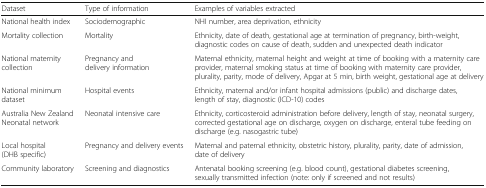
<table><thead><tr><td><b>Dataset</b></td><td><b>Type of information</b></td><td><b>Examples of variables extracted</b></td></tr></thead><tbody><tr><td>National health index</td><td>Sociodemographic</td><td>NHI number, area deprivation, ethnicity</td></tr><tr><td>Mortality collection</td><td>Mortality</td><td>Ethnicity, date of death, gestational age at termination of pregnancy, birth-weight, diagnostic codes on cause of death, sudden and unexpected death indicator</td></tr><tr><td>National maternity collection</td><td>Pregnancy and delivery information</td><td>Maternal ethnicity, maternal height and weight at time of booking with a maternity care provider, maternal smoking status at time of booking with maternity care provider, plurality, parity, mode of delivery, Apgar at 5 min, birth weight, gestational age at delivery</td></tr><tr><td>National minimum dataset</td><td>Hospital events</td><td>Ethnicity, maternal and/or infant hospital admissions (public) and discharge dates, length of stay, diagnostic (ICD-10) codes</td></tr><tr><td>Australia New Zealand Neonatal network</td><td>Neonatal intensive care</td><td>Ethnicity, corticosteroid administration before delivery, length of stay, neonatal surgery, corrected gestational age on discharge, oxygen on discharge, enteral tube feeding on discharge (e.g. nasogastric tube)</td></tr><tr><td>Local hospital (DHB specific)</td><td>Pregnancy and delivery events</td><td>Maternal and paternal ethnicity, obstetric history, plurality, parity, date of admission, date of delivery</td></tr><tr><td>Community laboratory</td><td>Screening and diagnostics</td><td>Antenatal booking screening (e.g. blood count), gestational diabetes screening, sexually transmitted infection (note: only if screened and not results)</td></tr></tbody></table>